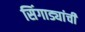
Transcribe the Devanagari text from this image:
सिंगाड्यांची